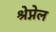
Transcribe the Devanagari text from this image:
श्रेप्नेल